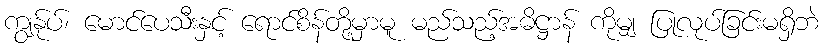
ကျွန်ုပ်၊ မောင်ပေသီးနှင့် ရောင်စိန်တို့မှာမူ မည်သည့်အဓိဋ္ဌာန် ကိုမျှ ပြုလုပ်ခြင်းမရှိဘဲ